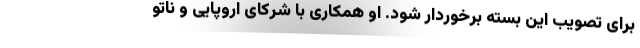
برای تصویب این بسته برخوردار شود. او همکاری با شرکای اروپایی و ناتو